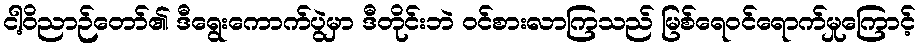
ငါ့ဝိညာဉ်တော်၏ ဒီရွေးကောက်ပွဲမှာ ဒီတိုင်းဘဲ ဝင်စားလာကြသည် မြစ်ရေဝင်ရောက်မှုကြောင့်